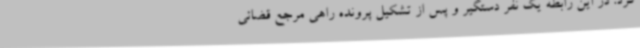
کرد: در این رابطه یک نفر دستگیر و پس از تشکیل پرونده راهی مرجع قضائی